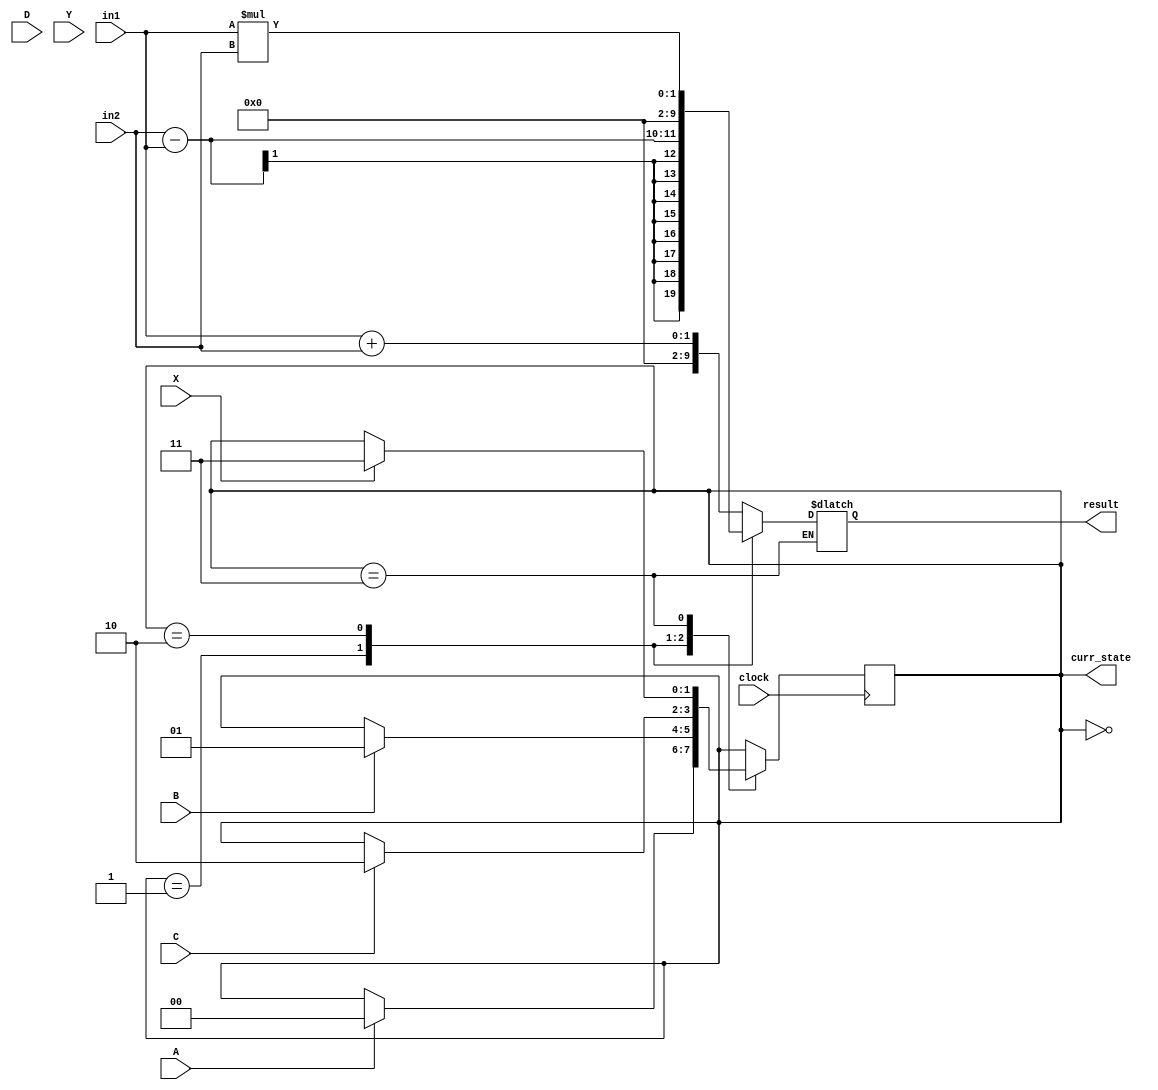
module seven_seg (in1, in2, curr_state, clock, result, A, B, C, D, X, Y);

output reg[9:0] result;
output reg[1:0] curr_state;

input in1;
input in2;

input clock, A, B, C, D, X , Y;
parameter soma = 0, sub = 1, mult = 2, receberinput1 = 3 , receberinput2 = 4;

    always @(*) begin
    
        case (curr_state)
            receberinput1: begin
            // recebe input do keypad
            end
            receberinput2: begin
            //recebe input2 do keypad
            end
            soma: begin
            result = in1 + in2;
            end
            
            sub: begin
            result = in2 - in1;
            end
            
            mult: begin
            result = in1 * in2;
            end
        
        endcase
    
    end

    always @ (posedge clock) begin //MAQUINA DE ESTADOS
        case (curr_state)
            soma: begin
                if (A == 1) begin 
                    curr_state <= soma; 
                end
                //if(D == 1) desligar display
            end
            
            sub: begin
                if (B == 1) begin
                    curr_state <= sub;
                end
                //if(D == 1) desligar display
            end
            
            mult: begin
                if (C == 1) begin 
                    curr_state <= mult;
                end  
                //if(D == 1) desligar display
            end
            receberinput1: begin
                if(X == 1) begin
                    curr_state <= receberinput1;
                end
            end
            receberinput2: begin
                if(Y == 1) begin
                    curr_state <= receberinput2;
                end
            end
        endcase
    
    end

endmodule